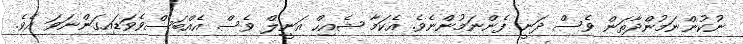
ނުކުންނަމުންދާތަން ވެސް ދަނީ ފެންނަމުންނެވެ. އެކަމާ ޝެއިހް އަނީލް ވެސް އެއްބަސްވެވަޑައިގަންނަވަ އެވެ.